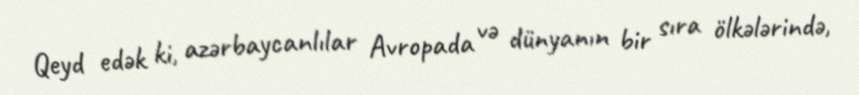
Qeyd edək ki, azərbaycanlılar Avropada və dünyanın bir sıra ölkələrində,